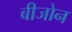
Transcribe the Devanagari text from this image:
बीजोन